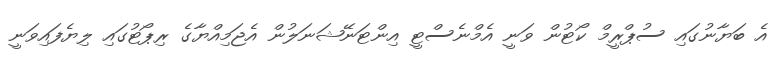
އެ ބަޔާނުގައި ސުޕްރީމް ކޯޓުން ވަނީ އެމްނެސްޓީ އިންޓަނޭޝަނަލުން އެޖަމިއްޔާގެ ރިޕޯޓުގައި ލިޔެފައިވަނީ